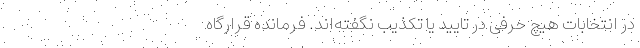
در انتخابات هیچ حرفی در تایید یا تکذیب نگفته‌اند. فرمانده قرارگاه